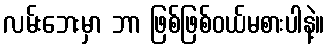
လမ်းဘေးမှာ ဘာ ဖြစ်ဖြစ်ဝယ်မစားပါနဲ့။